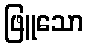
ဖြူသော